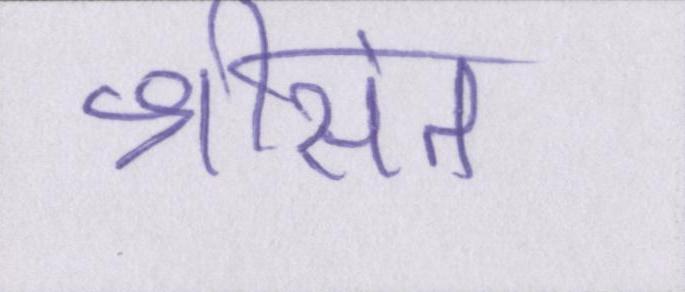
श्रीसंत